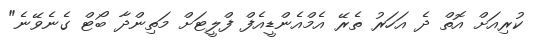
ކުރިއަށް އޮތް ދެ އަހަރު ތެރޭ އެމްއެންޑީއެފް ފްލީޓަށް މަތިންދާ ބޯޓް ގެނެވޭނެ"